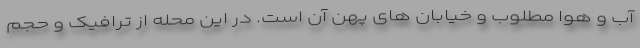
آب و هوا مطلوب و خیابان های پهن آن است. در این محله از ترافیک و حجم